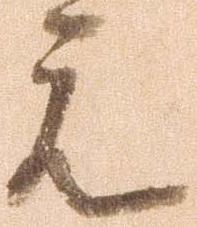
元